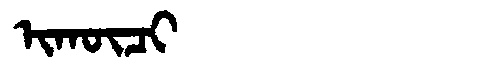
Manchu: ᡳᡴᡡᠴᡳ
Romanization: IKŪCI